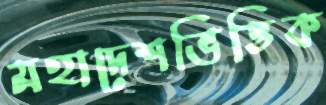
মহাদেশভিত্তিক